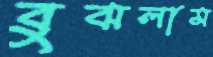
বুঝলাম